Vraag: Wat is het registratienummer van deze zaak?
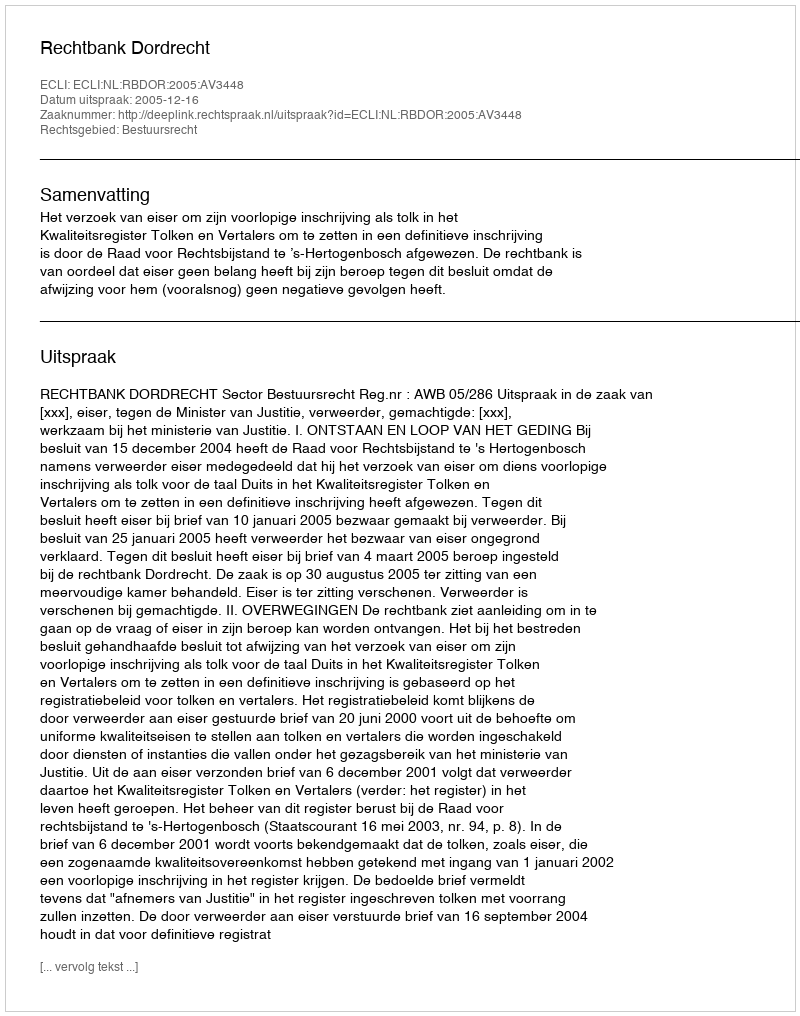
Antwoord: http://deeplink.rechtspraak.nl/uitspraak?id=ECLI:NL:RBDOR:2005:AV3448